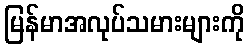
မြန်မာအလုပ်သမားများကို